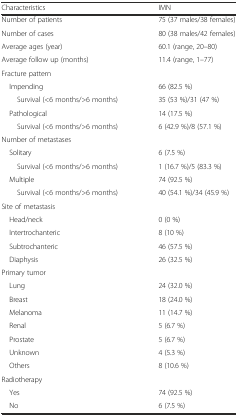
<table><thead><tr><td><b>Characteristics</b></td><td><b>IMN</b></td></tr></thead><tbody><tr><td>Number of patients</td><td>75 (37 males/38 females)</td></tr><tr><td>Number of cases</td><td>80 (38 males/42 females)</td></tr><tr><td>Average ages (year)</td><td>60.1 (range, 20–80)</td></tr><tr><td>Average follow up (months)</td><td>11.4 (range, 1–77)</td></tr><tr><td colspan="2">Fracture pattern</td></tr><tr><td> Impending</td><td>66 (82.5 %)</td></tr><tr><td>Survival (&lt;6 months/&gt;6 months)</td><td>35 (53 %)/31 (47 %)</td></tr><tr><td> Pathological</td><td>14 (17.5 %)</td></tr><tr><td>Survival (&lt;6 months/&gt;6 months)</td><td>6 (42.9 %)/8 (57.1 %)</td></tr><tr><td colspan="2">Number of metastases</td></tr><tr><td> Solitary</td><td>6 (7.5 %)</td></tr><tr><td>Survival (&lt;6 months/&gt;6 months)</td><td>1 (16.7 %)/5 (83.3 %)</td></tr><tr><td> Multiple</td><td>74 (92.5 %)</td></tr><tr><td>Survival (&lt;6 months/&gt;6 months)</td><td>40 (54.1 %)/34 (45.9 %)</td></tr><tr><td colspan="2">Site of metastasis</td></tr><tr><td> Head/neck</td><td>0 (0 %)</td></tr><tr><td> Intertrochanteric</td><td>8 (10 %)</td></tr><tr><td> Subtrochanteric</td><td>46 (57.5 %)</td></tr><tr><td> Diaphysis</td><td>26 (32.5 %)</td></tr><tr><td colspan="2">Primary tumor</td></tr><tr><td> Lung</td><td>24 (32.0 %)</td></tr><tr><td> Breast</td><td>18 (24.0 %)</td></tr><tr><td> Melanoma</td><td>11 (14.7 %)</td></tr><tr><td> Renal</td><td>5 (6.7 %)</td></tr><tr><td> Prostate</td><td>5 (6.7 %)</td></tr><tr><td> Unknown</td><td>4 (5.3 %)</td></tr><tr><td> Others</td><td>8 (10.6 %)</td></tr><tr><td colspan="2">Radiotherapy</td></tr><tr><td> Yes</td><td>74 (92.5 %)</td></tr><tr><td> No</td><td>6 (7.5 %)</td></tr></tbody></table>